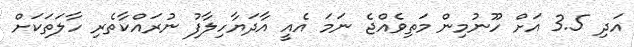
އަދި 3.5 އަށް ހޫނުމިން މަތިވެއްޖެ ނަމަ އެއީ އާދަޔާހިލާފު ނުރައްކާތެރި ހާލަތަކަށް